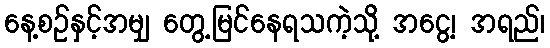
နေ့စဉ်နှင့်အမျှ တွေ့မြင်နေရသကဲ့သို့ အငွေ့၊ အရည်၊